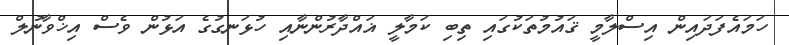
ހަމައެފަދައިން އިސްލާމީ ޤައުމުތަކުގައި ތިބި ކަމާލީ ޣައްދާރުންނާއި ހުޅަނގުގެ އަޅުން ވެސް އިޚްވާނުލް